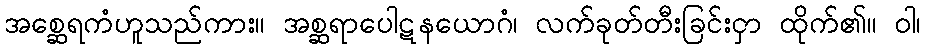
အစ္ဆေရကံဟူသည်ကား။ အစ္ဆရာပေါဋနယောဂံ၊ လက်ခုတ်တီးခြင်းငှာ ထိုက်၏။ ဝါ၊